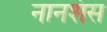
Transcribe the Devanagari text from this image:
नानशंस